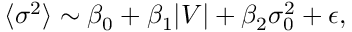
\langle { \sigma ^ { 2 } } \rangle \sim \beta _ { 0 } + \beta _ { 1 } | V | + \beta _ { 2 } \sigma _ { 0 } ^ { 2 } + \epsilon ,